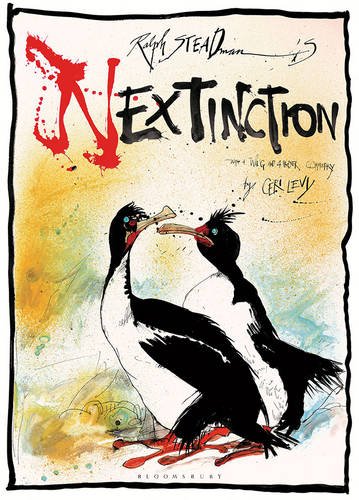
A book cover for Nextinction; Ralph Steadman; Science & Math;